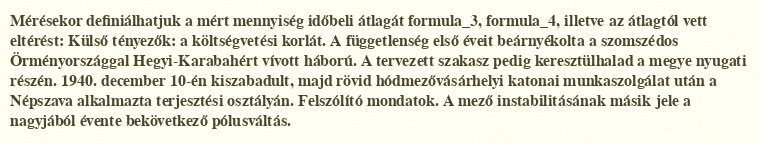
Mérésekor definiálhatjuk a mért mennyiség időbeli átlagát formula_3, formula_4, illetve az átlagtól vett eltérést: Külső tényezők: a költségvetési korlát. A függetlenség első éveit beárnyékolta a szomszédos Örményországgal Hegyi-Karabahért vívott háború. A tervezett szakasz pedig keresztülhalad a megye nyugati részén. 1940. december 10-én kiszabadult, majd rövid hódmezővásárhelyi katonai munkaszolgálat után a Népszava alkalmazta terjesztési osztályán. Felszólító mondatok. A mező instabilitásának másik jele a nagyjából évente bekövetkező pólusváltás.